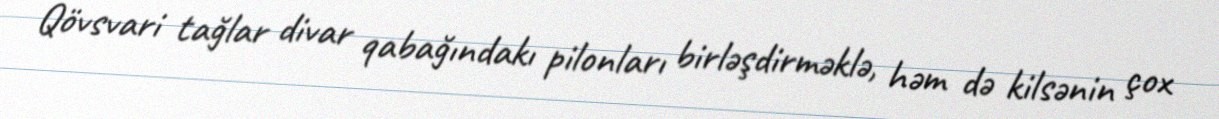
Qövsvari tağlar divar qabağındakı pilonları birləşdirməklə, həm də kilsənin çox